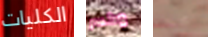
الكليات وكسر مجمدة